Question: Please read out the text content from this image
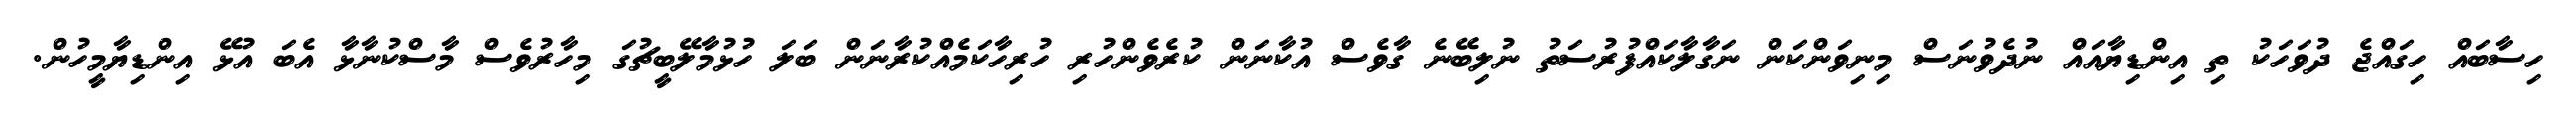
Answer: ހިސާބައް ހިގައްޖެ ދުވަހަކު ތި އިންޑިޔާއައް ނުދެވުނަސް މިނިވަންކަން ނަގާލާކައްފުރުސަތު ނުލިބޭނެ ގާވެސް އުކާނަން ކުރެވެންހުރި ހުރިހާކަމެއްކުރާނަން ބަލަ ހުޅުމާލޭބީޗުގަ މިހާރުވެސް މާސްކުނާޅާ އެބަ އުޅޭ އިންޑިޔާމީހުން.